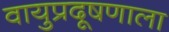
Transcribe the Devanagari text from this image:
वायुप्रदूषणाला